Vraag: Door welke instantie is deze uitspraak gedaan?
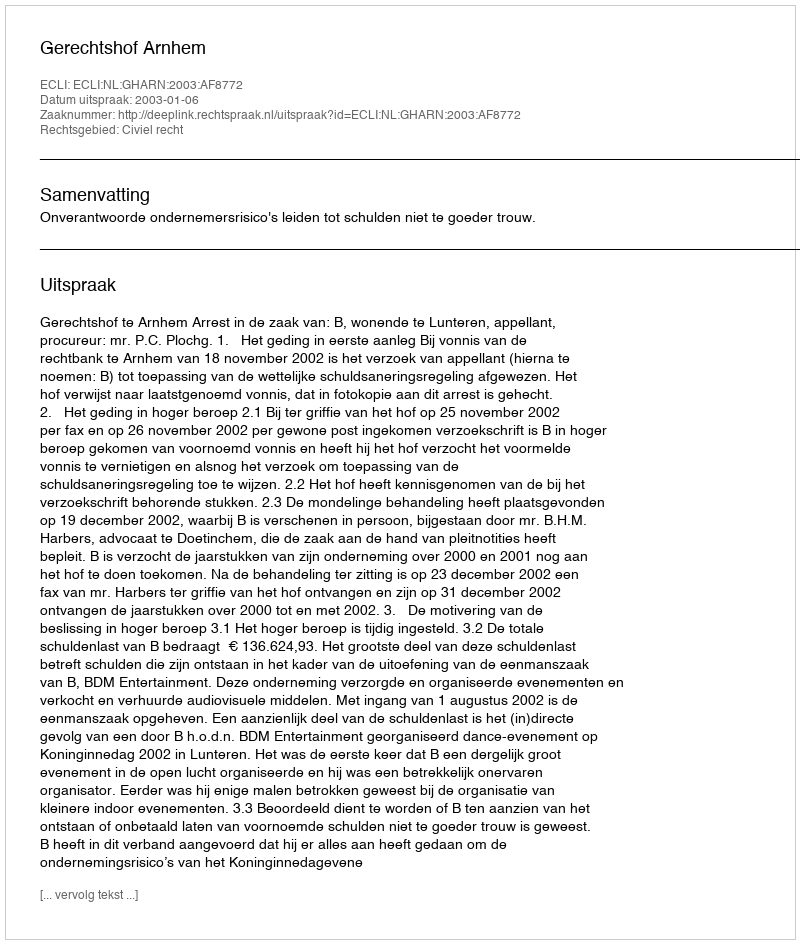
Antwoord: Gerechtshof Arnhem